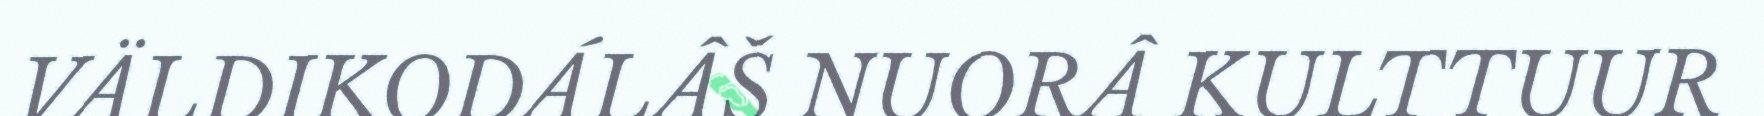
VÄLDIKODÁLÂŠ NUORÂ KULTTUUR